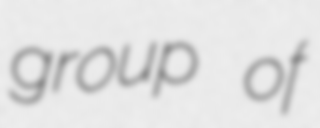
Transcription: group of